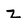
Character: z